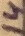
Text: 14